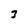
Character: 3